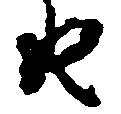
由